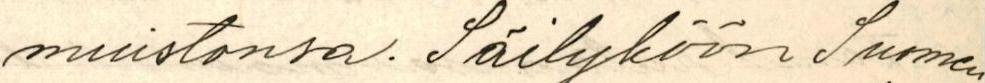
muistonsa. Säilyköön Suomen